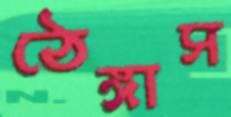
ঠেঙ্গাস